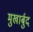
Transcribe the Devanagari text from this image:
मुखार्बुद